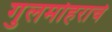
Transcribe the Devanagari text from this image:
गुलमोहराचे